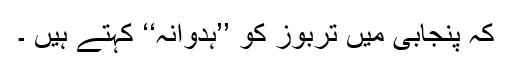
کہ پنجابی میں تربوز کو ’’ہدوانہ‘‘ کہتے ہیں ۔